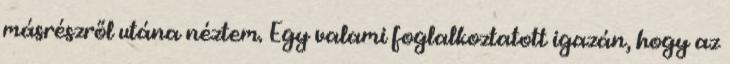
másrészről utána néztem. Egy valami foglalkoztatott igazán, hogy az